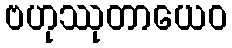
ဗဟုဿုတာယေဝ